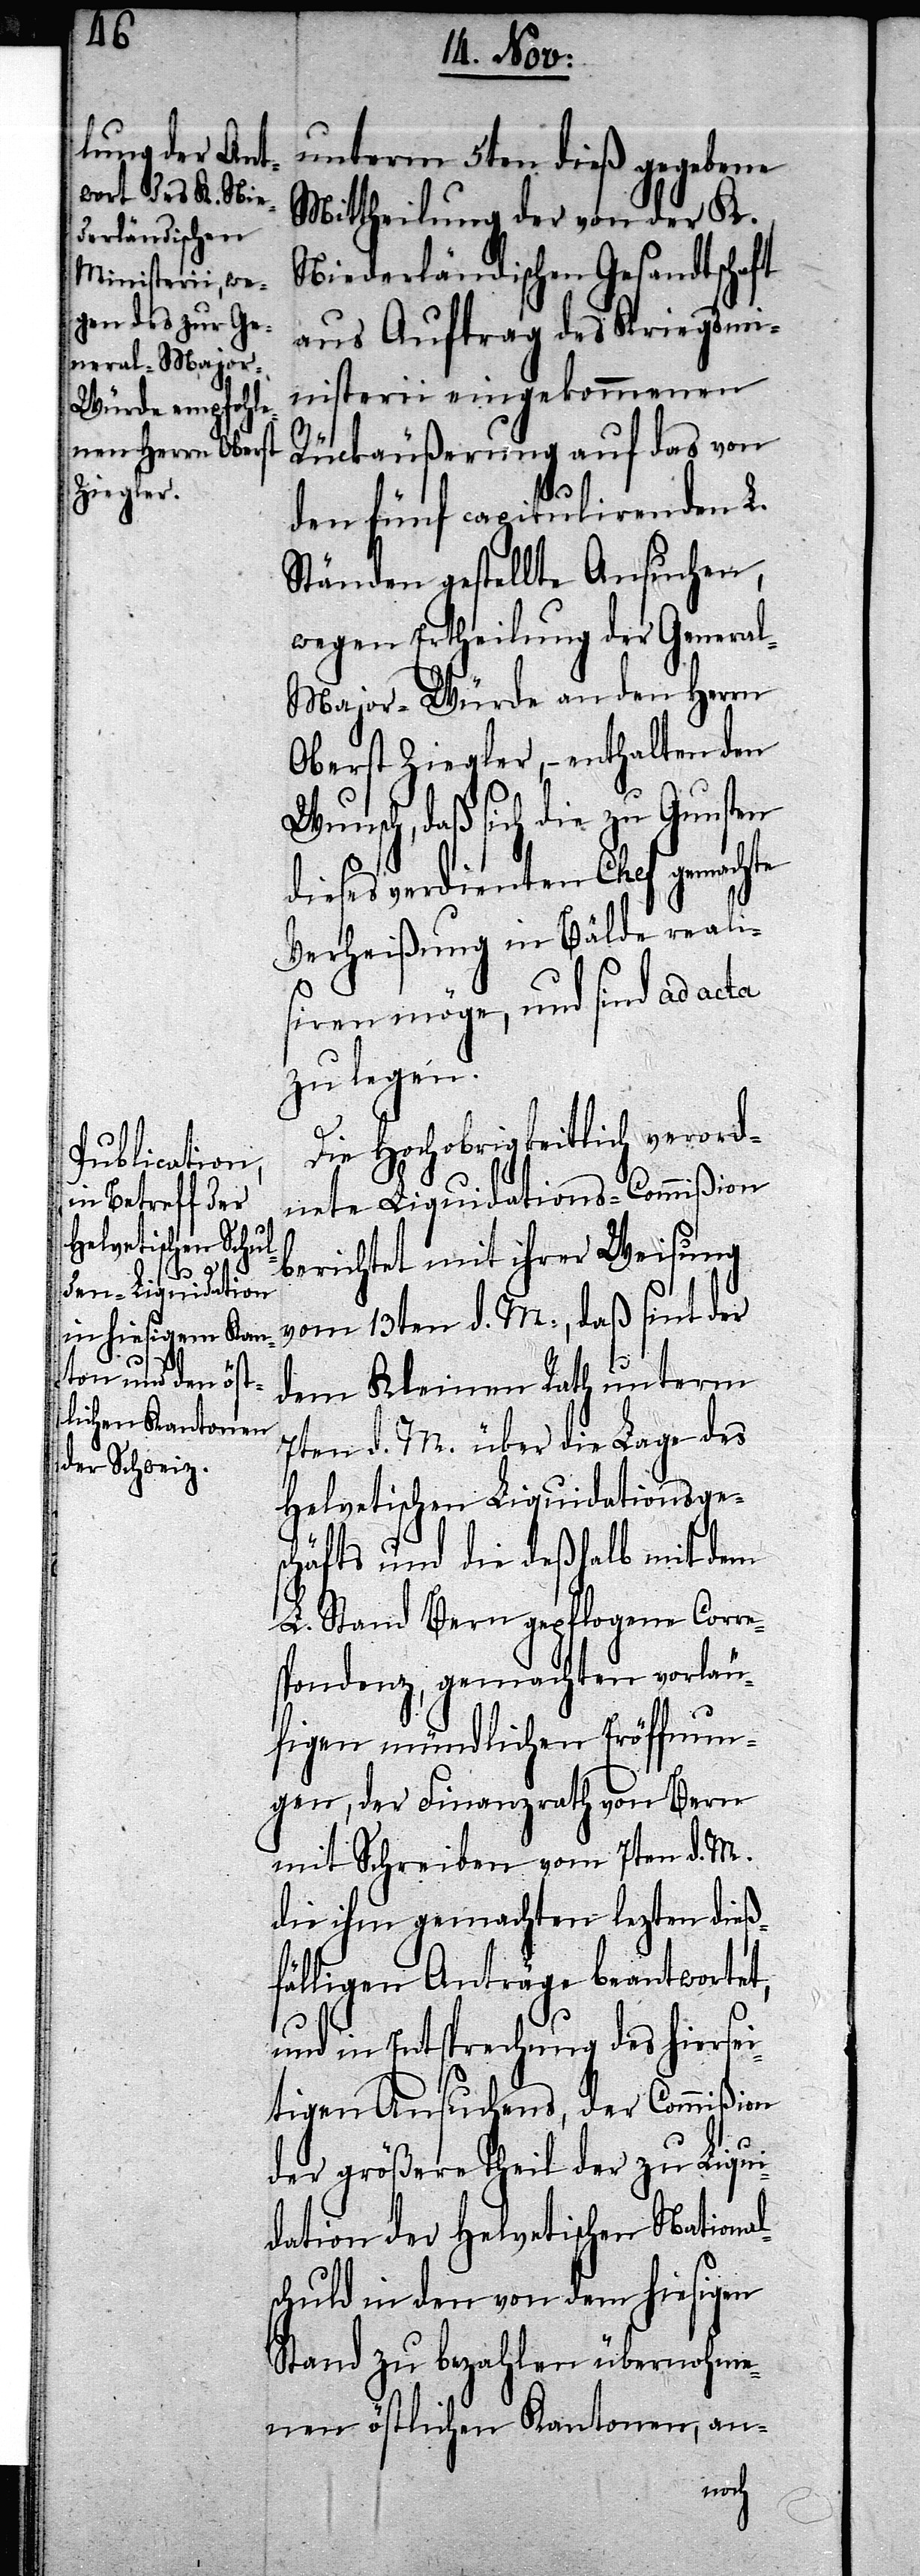
unterm 5ten dieß gegebene
Mittheilung der von der K.
Niederländischen Gesandtschaft
aus Auftrag des Kriegsmi¬
nisterii eingekommenen
Rückäußerung auf das von
den fünf capitulirenden L.
Ständen gestellte Ansuchen,
wegen Ertheilung der Genera¬
l-Major-Würde an den Herrn
Oberst Ziegler, – enthalten den
Wunsch, daß sich die zu Gunsten
dieses verdienten Chef gemachten
Verheißung in Bälde reali¬
siren möge, und sind ad acta
zu legen.
Die Hochobrigkeitlich verord¬
nete Liquidations-Commißion
berichtet mit ihrer Weisung
vom 13ten d. M., daß sint der
dem Kleinen Rath unterm
7ten d. M. über die Lage des
Helvetischen Liquidationsge¬
schäfts und die deßhalb mit dem
L. Stand Bern gepflogene Corr¬
espondenz, gemachten vorläu¬
figen mündlichen Eröffnun¬
gen, der Finanzrath von Bern
mit Schreiben vom 7ten d. M.
die ihm gemachten lezten dieß¬
fälligen Anträge beantwortet,
und in Entsprechung des hiersei¬
tigen Ansuchens, der Commißion
der größere Theil der zu Liqui¬
dation der Helvetischen National¬
schuld in den von dem hiesigen
Stand zu bezahlen übernohme¬
nen östlichen Kantonen, an-